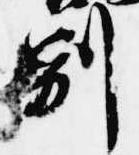
別